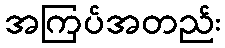
အကြပ်အတည်း